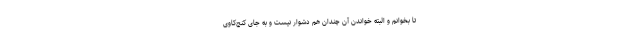
تا بخوانم و البته خواندن آن چندان هم دشوار نیست و به جای کنج‌کاوی